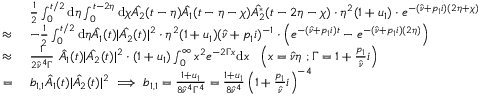
\begin{array} { r l } & { \frac { 1 } { 2 } \int _ { 0 } ^ { t / 2 } \mathrm { d } \eta \int _ { 0 } ^ { t - 2 \eta } \mathrm { d } \chi \hat { A _ { 2 } } ( t - \eta ) \hat { A _ { 1 } } ( t - \eta - \chi ) \hat { A _ { 2 } ^ { * } } ( t - 2 \eta - \chi ) \cdot \eta ^ { 2 } ( 1 + u _ { 1 } ) \cdot e ^ { - ( \hat { \nu } + p _ { 1 } i ) ( 2 \eta + \chi ) } } \\ { \approx \ } & { - \frac { 1 } { 2 } \int _ { 0 } ^ { t / 2 } \mathrm { d } \eta \hat { A _ { 1 } } ( t ) | \hat { A _ { 2 } } ( t ) | ^ { 2 } \cdot \eta ^ { 2 } ( 1 + u _ { 1 } ) ( \hat { \nu } + p _ { 1 } i ) ^ { - 1 } \cdot \left( e ^ { - ( \hat { \nu } + p _ { 1 } i ) t } - e ^ { - ( \hat { \nu } + p _ { 1 } i ) ( 2 \eta ) } \right) } \\ { \approx \ } & { \frac { 1 } { 2 \hat { \nu } ^ { 4 } \Gamma } \ \hat { A _ { 1 } } ( t ) | \hat { A _ { 2 } } ( t ) | ^ { 2 } \cdot ( 1 + u _ { 1 } ) \int _ { 0 } ^ { \infty } x ^ { 2 } e ^ { - 2 \Gamma x } \mathrm { d } x \ \ \left( x = \hat { \nu } \eta \ ; \Gamma = 1 + \frac { p _ { 1 } } { \hat { \nu } } i \right) } \\ { = \ } & { b _ { 1 , 1 } \hat { A _ { 1 } } ( t ) | \hat { A _ { 2 } } ( t ) | ^ { 2 } \implies b _ { 1 , 1 } = \frac { 1 + u _ { 1 } } { 8 \hat { \nu } ^ { 4 } \Gamma ^ { 4 } } = \frac { 1 + u _ { 1 } } { 8 \hat { \nu } ^ { 4 } } \left( 1 + \frac { p _ { 1 } } { \hat { \nu } } i \right) ^ { - 4 } } \end{array}